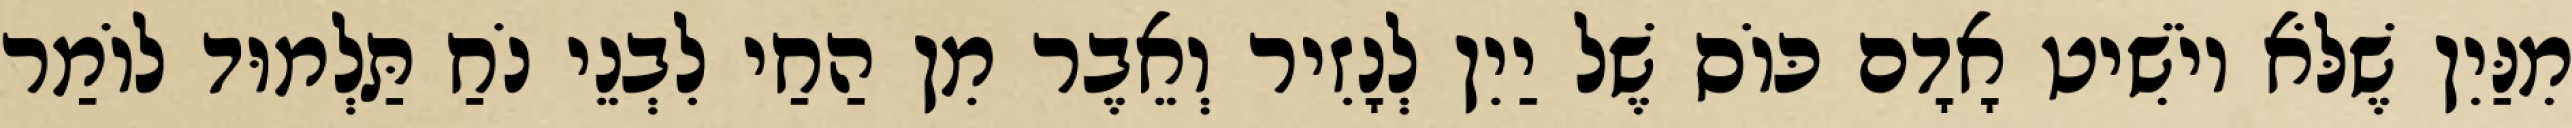
מִנַּיִן שֶׁלֹּא יוֹשִׁיט אָדָם כּוֹס שֶׁל יַיִן לְנָזִיר וְאֵבֶר מִן הַחַי לִבְנֵי נֹחַ תַּלְמוּד לוֹמַר